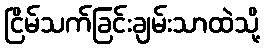
ငြိမ်သက်ခြင်းချမ်းသာထဲသို့